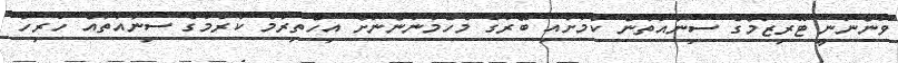
ވަންނަނީ ޓޫރިޒަމްގެ ސިނާއަތުން ކަމަށާއި ބޭރުގެ މެހެމާނުންނަށް އިހްތިރާމް ކުރުމުގެ ސިނާއަތައް ހުރިހާ